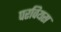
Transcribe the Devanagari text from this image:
परवियस